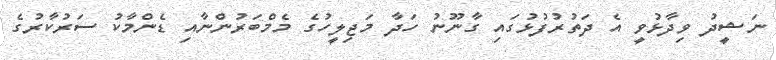
ނަޝީދު ވިދާޅުވީ އެ ދަތުރުފުޅުގައި ގާނޫނު ހަދާ މަޖިލީހުގެ މެމްބަރުންނާއި ޑެންމާކު ސަރުކާރުގެ